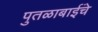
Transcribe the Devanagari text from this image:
पुतळाबाईंचे